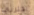
اقتربي